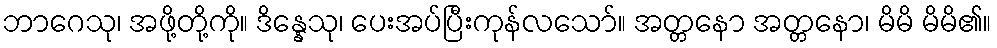
ဘာဂေသု၊ အဖို့တို့ကို။ ဒိန္နေသု၊ ပေးအပ်ပြီးကုန်လသော်။ အတ္တနော အတ္တနော၊ မိမိ မိမိ၏။